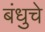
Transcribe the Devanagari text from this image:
बंधुचे